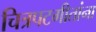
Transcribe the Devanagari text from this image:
चित्रपटगीतांना